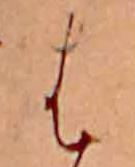
は